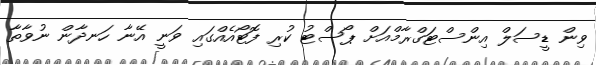
ވިން ޑީސަލް އިންސްޓަގްރާމްއަށް ޕޯސްޓު ކުރި ފޮޓޯއެއްގައި ވަނީ އޭނާ ހަނދާން ނުވާތާ